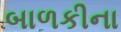
બાળકીના